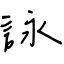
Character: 詠